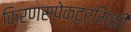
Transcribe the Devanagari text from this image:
किरणस्पेक्ट्रमिकी